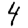
Digit: 4